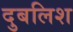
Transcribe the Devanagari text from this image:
दुबलिश